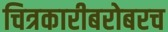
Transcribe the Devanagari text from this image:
चित्रकारीबरोबरच